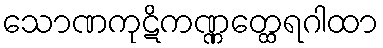
သောဏကုဋိကဏ္ဏတ္ထေရဂါထာ